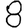
Digit: 8